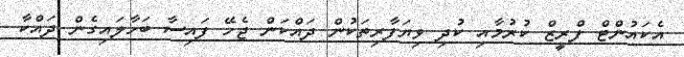
އެކައުންޓް ފްރީޒް ކުރުމާއި ކުދި ވިޔަފާރިތަކުން ދައްކަން ޖެހޭ ފައިސާ ބަހާލައިގެން ދައްކާ